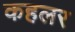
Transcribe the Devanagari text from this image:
कहलर